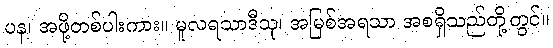
ပန၊ အဖို့တစ်ပါးကား။ မူလရသာဒီသု၊ အမြစ်အရသာ အစရှိသည်တို့တွင်။